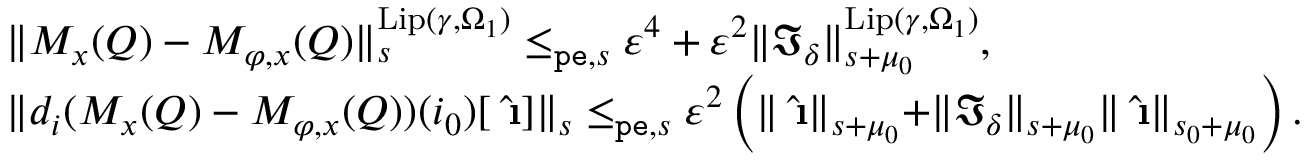
\begin{array} { r l } & { \rVert M _ { x } ( Q ) - M _ { \varphi , x } ( Q ) \rVert _ { s } ^ { \mathrm { L i p } ( \gamma , \Omega _ { 1 } ) } \le _ { \mathtt { p e } , s } \varepsilon ^ { 4 } + \varepsilon ^ { 2 } \rVert \mathfrak { I } _ { \delta } \rVert _ { s + \mu _ { 0 } } ^ { \mathrm { L i p } ( \gamma , \Omega _ { 1 } ) } , } \\ & { \rVert d _ { i } ( M _ { x } ( Q ) - M _ { \varphi , x } ( Q ) ) ( i _ { 0 } ) [ \hat { \textbf { \i } } ] \rVert _ { s } \le _ { \mathtt { p e } , s } \varepsilon ^ { 2 } \left( \rVert \hat { \textbf { \i } } \rVert _ { s + \mu _ { 0 } } + \rVert \mathfrak { I } _ { \delta } \rVert _ { s + \mu _ { 0 } } \rVert \hat { \textbf { \i } } \rVert _ { s _ { 0 } + \mu _ { 0 } } \right) . } \end{array}